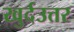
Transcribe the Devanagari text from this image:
खुर्दउत्तर